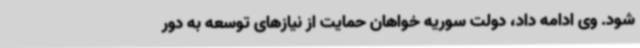
شود. وی ادامه داد، دولت سوریه خواهان حمایت از نیازهای توسعه به دور